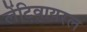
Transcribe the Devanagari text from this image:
लेंटिवायरल